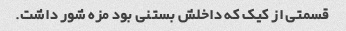
قسمتی از کیک که داخلش بستنی بود مزه شور داشت.